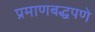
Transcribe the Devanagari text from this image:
प्रमाणबद्धपणे